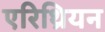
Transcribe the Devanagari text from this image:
एरिथ्रियन